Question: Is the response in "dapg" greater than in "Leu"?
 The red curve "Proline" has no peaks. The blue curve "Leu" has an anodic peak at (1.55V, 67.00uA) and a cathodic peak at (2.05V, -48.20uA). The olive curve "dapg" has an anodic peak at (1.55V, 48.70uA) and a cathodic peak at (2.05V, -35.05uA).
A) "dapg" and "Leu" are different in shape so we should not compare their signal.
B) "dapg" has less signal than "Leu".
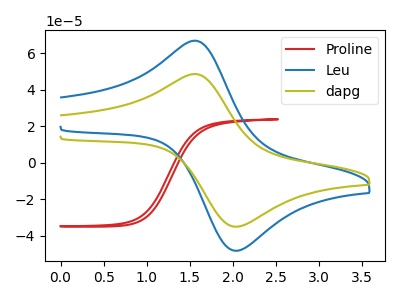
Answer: <think>All the peaks in "dapg" have a peak in "Leu" at the same potential. Every peak in "dapg" is lower than every peak in "Leu".
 </think>
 <answer>B) "dapg" has less signal than "Leu".</answer>
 <eval>B</eval>